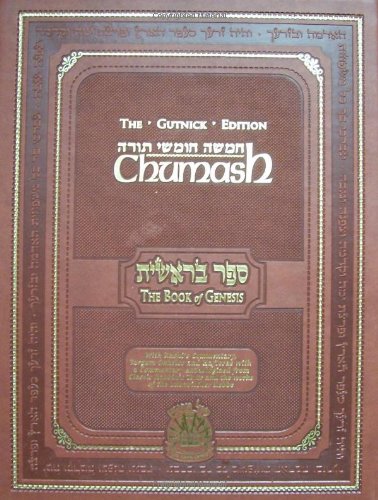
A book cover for Chumash: The Gutnick Edition - Book of Genesis - Kol Menachem (Full Size); Rabbi Chaim Miller; Religion & Spirituality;